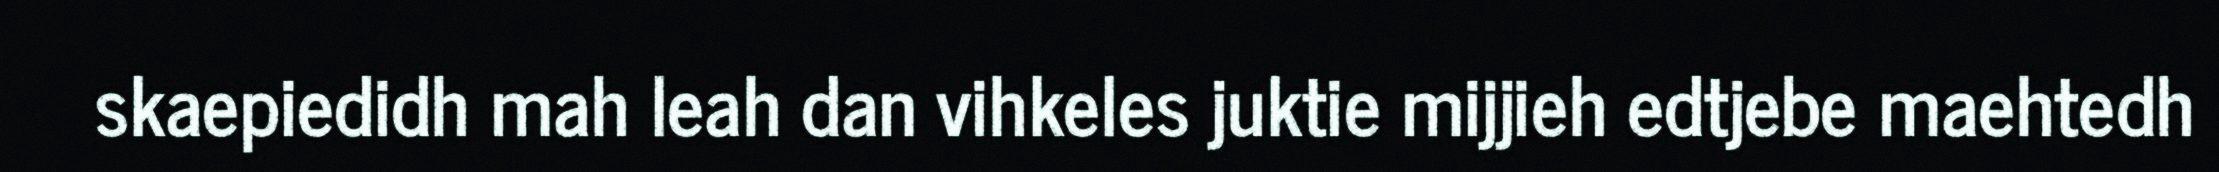
skaepiedidh mah leah dan vihkeles juktie mijjieh edtjebe maehtedh